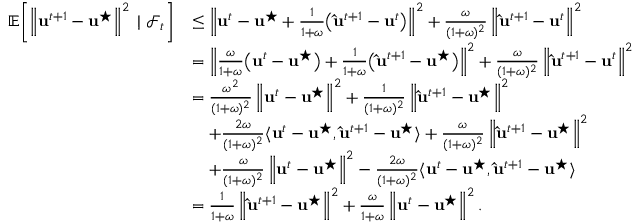
\begin{array} { r l } { \mathbb { E } \! \left[ \left\| \mathbf { u } ^ { t + 1 } - \mathbf { u } ^ { \star } \right\| ^ { 2 } \; | \; \mathcal { F } _ { t } \right] } & { \leq \left\| \mathbf { u } ^ { t } - \mathbf { u } ^ { \star } + \frac { 1 } { 1 + \omega } \big ( \mathbf { \hat { u } } ^ { t + 1 } - \mathbf { u } ^ { t } \big ) \right\| ^ { 2 } + \frac { \omega } { ( 1 + \omega ) ^ { 2 } } \left\| \mathbf { \hat { u } } ^ { t + 1 } - \mathbf { u } ^ { t } \right\| ^ { 2 } } \\ & { = \left\| \frac { \omega } { 1 + \omega } \big ( \mathbf { u } ^ { t } - \mathbf { u } ^ { \star } \big ) + \frac { 1 } { 1 + \omega } \big ( \mathbf { \hat { u } } ^ { t + 1 } - \mathbf { u } ^ { \star } \big ) \right\| ^ { 2 } + \frac { \omega } { ( 1 + \omega ) ^ { 2 } } \left\| \mathbf { \hat { u } } ^ { t + 1 } - \mathbf { u } ^ { t } \right\| ^ { 2 } } \\ & { = \frac { \omega ^ { 2 } } { ( 1 + \omega ) ^ { 2 } } \left\| \mathbf { u } ^ { t } - \mathbf { u } ^ { \star } \right\| ^ { 2 } + \frac { 1 } { ( 1 + \omega ) ^ { 2 } } \left\| \mathbf { \hat { u } } ^ { t + 1 } - \mathbf { u } ^ { \star } \right\| ^ { 2 } } \\ & { \quad + \frac { 2 \omega } { ( 1 + \omega ) ^ { 2 } } \langle \mathbf { u } ^ { t } - \mathbf { u } ^ { \star } , \mathbf { \hat { u } } ^ { t + 1 } - \mathbf { u } ^ { \star } \rangle + \frac { \omega } { ( 1 + \omega ) ^ { 2 } } \left\| \mathbf { \hat { u } } ^ { t + 1 } - \mathbf { u } ^ { \star } \right\| ^ { 2 } } \\ & { \quad + \frac { \omega } { ( 1 + \omega ) ^ { 2 } } \left\| \mathbf { u } ^ { t } - \mathbf { u } ^ { \star } \right\| ^ { 2 } - \frac { 2 \omega } { ( 1 + \omega ) ^ { 2 } } \langle \mathbf { u } ^ { t } - \mathbf { u } ^ { \star } , \mathbf { \hat { u } } ^ { t + 1 } - \mathbf { u } ^ { \star } \rangle } \\ & { = \frac { 1 } { 1 + \omega } \left\| \mathbf { \hat { u } } ^ { t + 1 } - \mathbf { u } ^ { \star } \right\| ^ { 2 } + \frac { \omega } { 1 + \omega } \left\| \mathbf { u } ^ { t } - \mathbf { u } ^ { \star } \right\| ^ { 2 } . } \end{array}